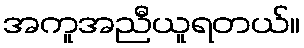
အကူအညီယူရတယ်။